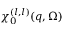
\chi _ { 0 } ^ { ( l , l ) } ( \boldsymbol { q } , \Omega )